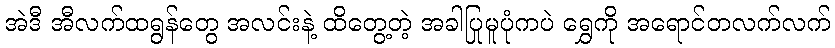
အဲဒီ အီလက်ထရွန်တွေ အလင်းနဲ့ ထိတွေ့တဲ့ အခါပြုမူပုံကပဲ ရွှေကို အရောင်တလက်လက်